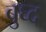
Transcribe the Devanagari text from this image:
बुघ्‍द